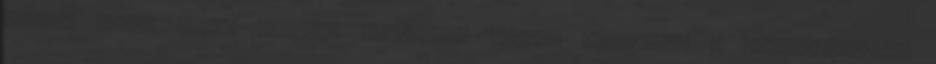
volt-e ilyen eset, illetve általában hogyan szavaznak a szakszervezeti